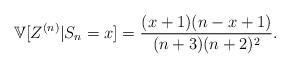
LaTeX: \begin{align*}\displaystyle \mathbb{V}[Z^{(n)}|S_n=x]=\frac{(x+1)(n-x+1)}{(n+3)(n+2)^2}.\end{align*}